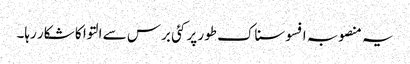
یہ منصوبہ افسوسناک طور پر کئی برس سے التوا کا شکار رہا۔